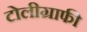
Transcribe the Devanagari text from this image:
टोलीग्राफी